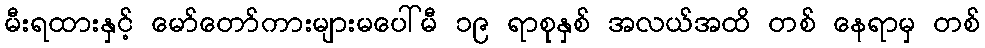
မီးရထားနှင့် မော်တော်ကားများမပေါ်မီ ၁၉ ရာစုနှစ် အလယ်အထိ တစ် နေရာမှ တစ်